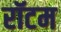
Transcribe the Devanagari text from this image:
रॉटम